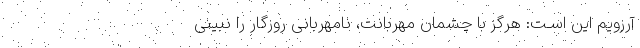
آرزویم این اسـت: هرگز با چشمان مهربانت، نامهربانی روزگار را نبینی